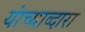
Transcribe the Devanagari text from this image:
यांच्याव्दारा